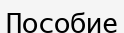
Пособие